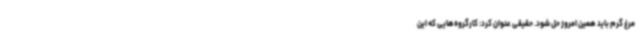
مرغ گرم باید همین امروز حل شود. حقیقی عنوان کرد: کارگروه‌هایی که این